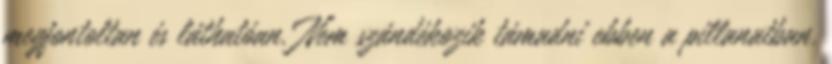
megfontoltan és láthatóan. Nem szándékozik támadni ebben a pillanatban.